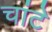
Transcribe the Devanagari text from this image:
चांटे